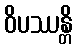
ဝိပဿန္တိ